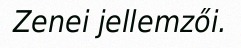
Zenei jellemzői.